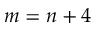
m = n + 4